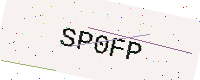
Text: SP0FP